Leaving Certificate, 1896
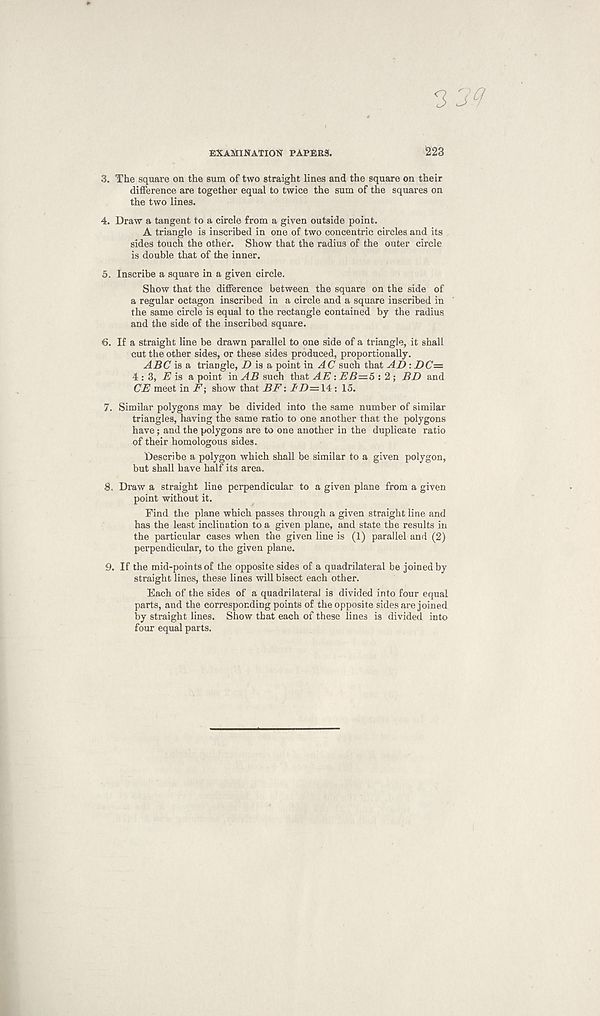
EXAMINATION PAPERS.
223
3. The square on the sum of two straight lines and the square on their
difference are together equal to twice the sum of the squares on
the two lines.
4. Draw a tangent to a circle from a given outside point.
A triangle is inscribed in one of two concentric circles and its
sides touch the other. Show that the radius of the outer circle
is double that of the inner.
5. Inscribe a square in a given circle.
Show that the difference between the square on the side of
a regular octagon inscribed in a circle and a square inscribed in
the same circle is equal to the rectangle contained by the radius
and the side of the inscribed square.
6. If a straight line be drawn parallel to one side of a triangle, it shall
cut the other sides, or these sides produced, proportionally.
ABC is a triangle, Z> is a point in AC such that A I) : DC=
4:3, -E is a point in AB such that AE : EB=5 : 2; BD and
CE meet in F-, show that BE: ID—14: 15.
7. Similar polygons may be divided into the same number of similar
triangles, having the same ratio to one another that the polygons
have; and the polygons are to one another in the duplicate ratio
of their homologous sides.
Describe a polygon which shall be similar to a given polygon,
but shall have half its area.
8. Draw a straight line perpendicular to a given plane from a given
point without it.
Find the plane which passes through a given straight line and
has the least inclination to a given plane, and state the results in
the particular cases when the given line is (1) parallel and (2)
perpendicular, to the given plane.
9. If the mid-points of the opposite sides of a quadrilateral be joined by
straight lines, these lines will bisect each other.
Each of the sides of a quadrilateral is divided into four equal
parts, and the corresponding points of the opposite sides are joined
by straight lines. Show that each of these lines is divided into
four equal parts.